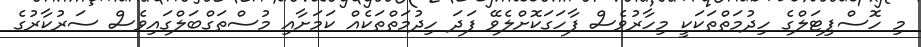
މި ހޮސްޕިޓަލްގެ ހިދުމަތްތަކަކީ މިހާރުވެސް ފާހަގަކޮށްލެވޭ ފަދަ ހިދުމަތްތަކެއް ކަމަށާއި މުސްތަގްބަލްގައިވެސް ސަރުކާރުގެ